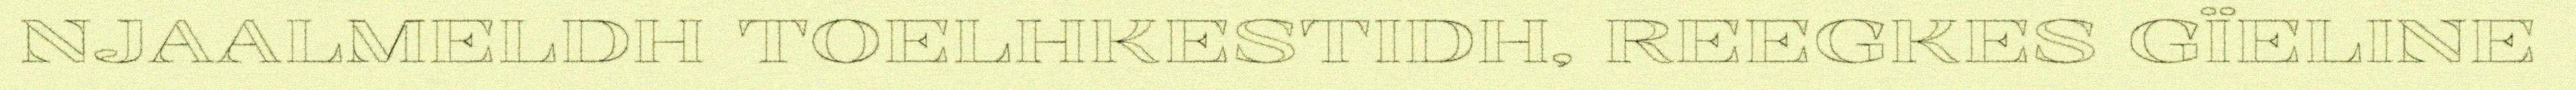
NJAALMELDH TOELHKESTIDH, REEGKES GÏELINE